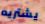
يشتريه